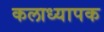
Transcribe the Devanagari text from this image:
कलाध्यापक